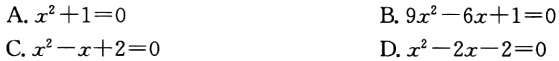
A. \(x^{2}+1 = 0\)

B. \(9x^{2}-6x + 1 = 0\)

C. \(x^{2}-x + 2 = 0\)

D. \(x^{2}-2x-2 = 0\)